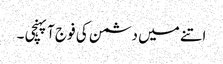
اتنے میں دشمن کی فوج آپہنچی ۔